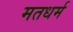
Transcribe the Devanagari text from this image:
मतधर्म